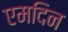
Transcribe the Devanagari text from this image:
एमदिन